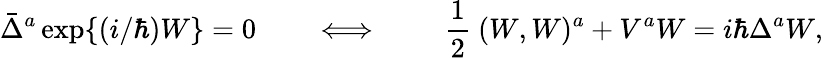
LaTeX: \bar{\Delta}^{a}\, \mathrm{exp}\{ (i/\hbar)W\} =0\qquad\Longleftrightarrow\qquad\mathrm{~\frac{1}{2}~}(W,W)^{a}+V^{a}W=i\hbar\Delta^{a}W,